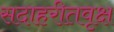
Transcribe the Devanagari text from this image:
सदाहरीतवृक्ष